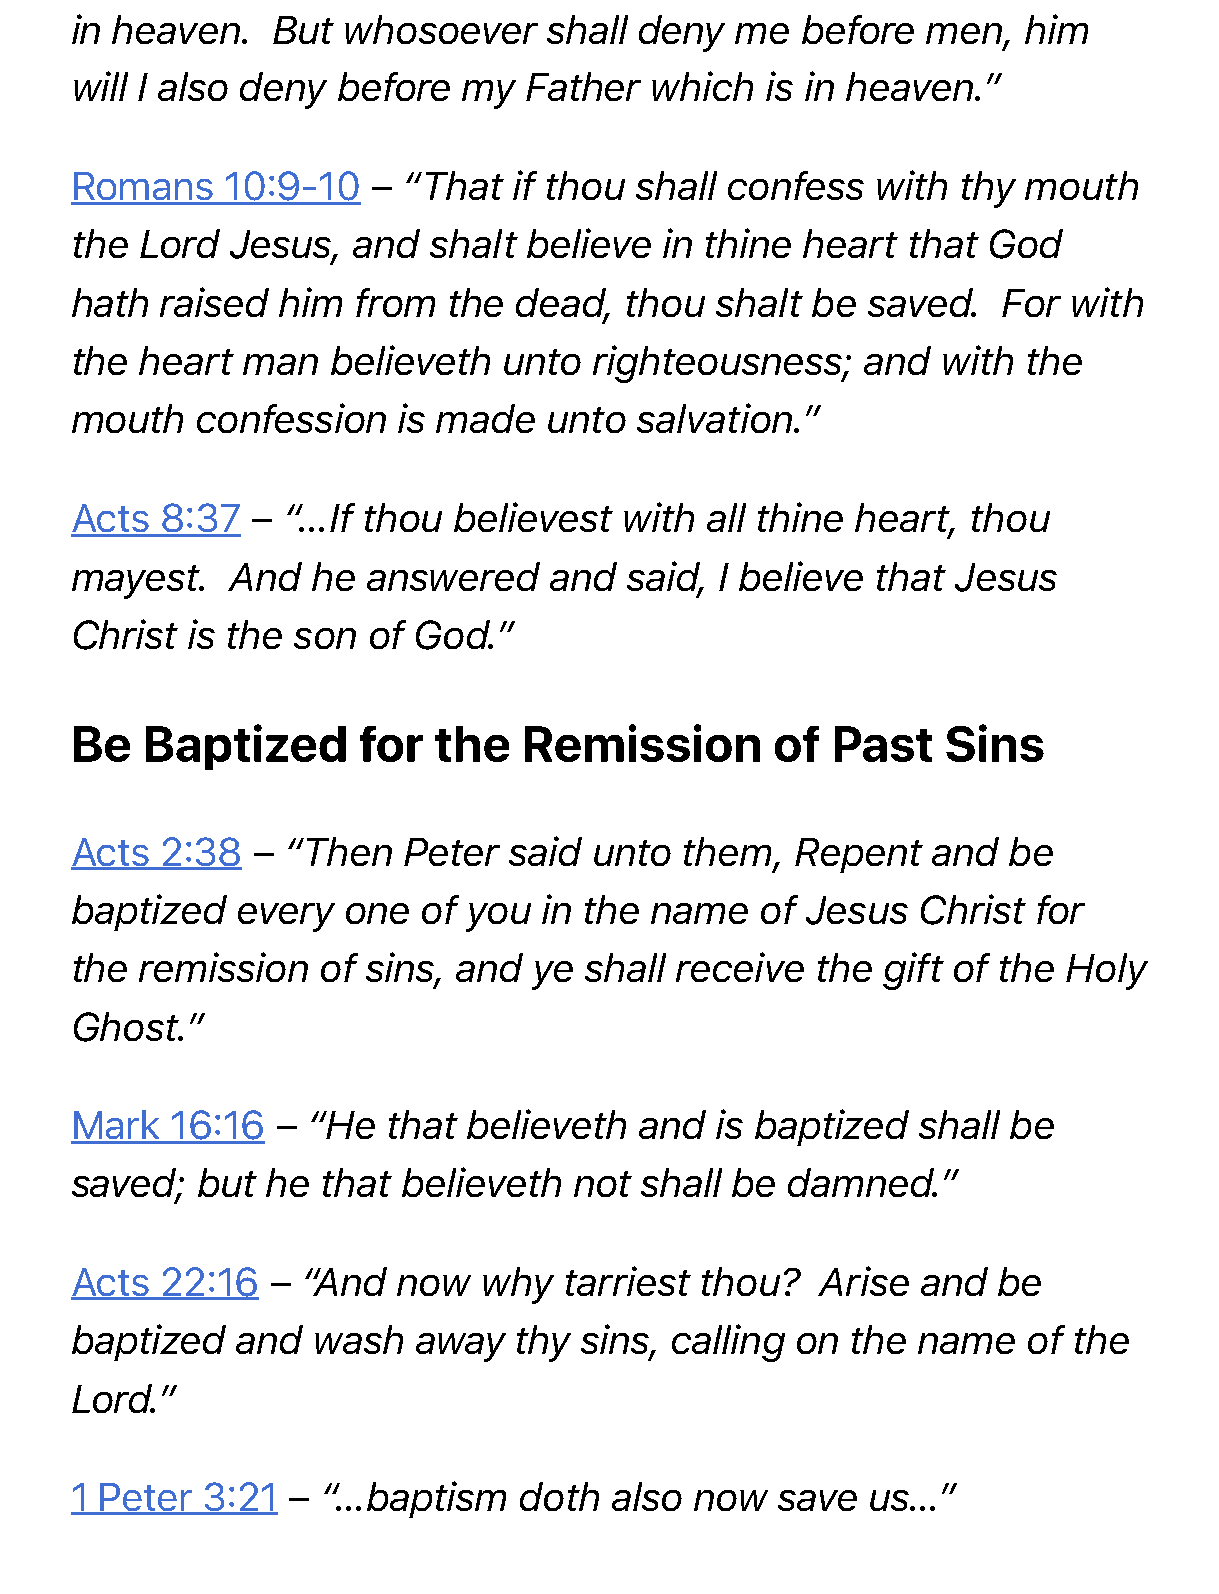
in heaven.   But  whosoever    shall deny   me  before  men,   him
 will I also deny before   my  Father  which   is in heaven.”
 Romans    10:9-10   – “That  if thou shall confess   with  thy mouth
 the Lord  Jesus,  and  shalt  believe  in thine heart  that God
 hath  raised him  from   the dead,  thou  shalt  be saved.   For  with
 the heart  man   believeth  unto  righteousness;    and  with  the
 mouth   confession   is made   unto  salvation.”
 Acts  8:37  – “…If thou  believest  with  all thine heart, thou
 mayest.   And   he answered    and  said,  I believe that Jesus
 Christ is the son  of God.”
 Be  Baptized       for  the   Remission       of  Past    Sins
 Acts  2:38  – “Then   Peter  said unto  them,   Repent   and  be
 baptized   every  one  of you  in the name   of Jesus   Christ for
 the remission   of sins, and  ye  shall receive  the gift of the  Holy
 Ghost.”
 Mark  16:16  – “He   that believeth  and  is baptized   shall be
 saved;  but  he that  believeth  not shall be  damned.”
 Acts  22:16  – “And  now   why  tarriest thou?   Arise  and  be
 baptized   and  wash  away   thy sins, calling  on the  name   of the
 Lord.”
 1 Peter 3:21  – “…baptism    doth  also  now  save  us…”